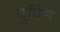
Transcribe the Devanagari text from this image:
युर्गिस